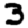
Digit: 3